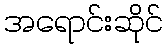
အရောင်းဆိုင်